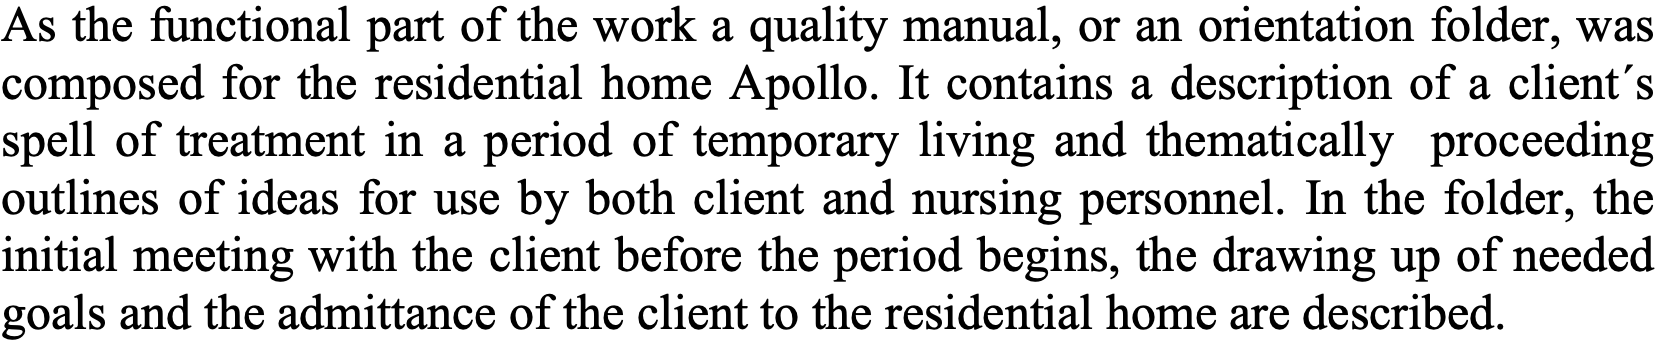
As the functional part of the work a quality manual, or an orientation folder, was composed for the residential home Apollo. It contains a description of a client´s spell of treatment in a period of temporary living and thematically proceeding outlines of ideas for use by both client and nursing personnel. In the folder, the initial meeting with the client before the period begins, the drawing up of needed goals and the admittance of the client to the residential home are described.